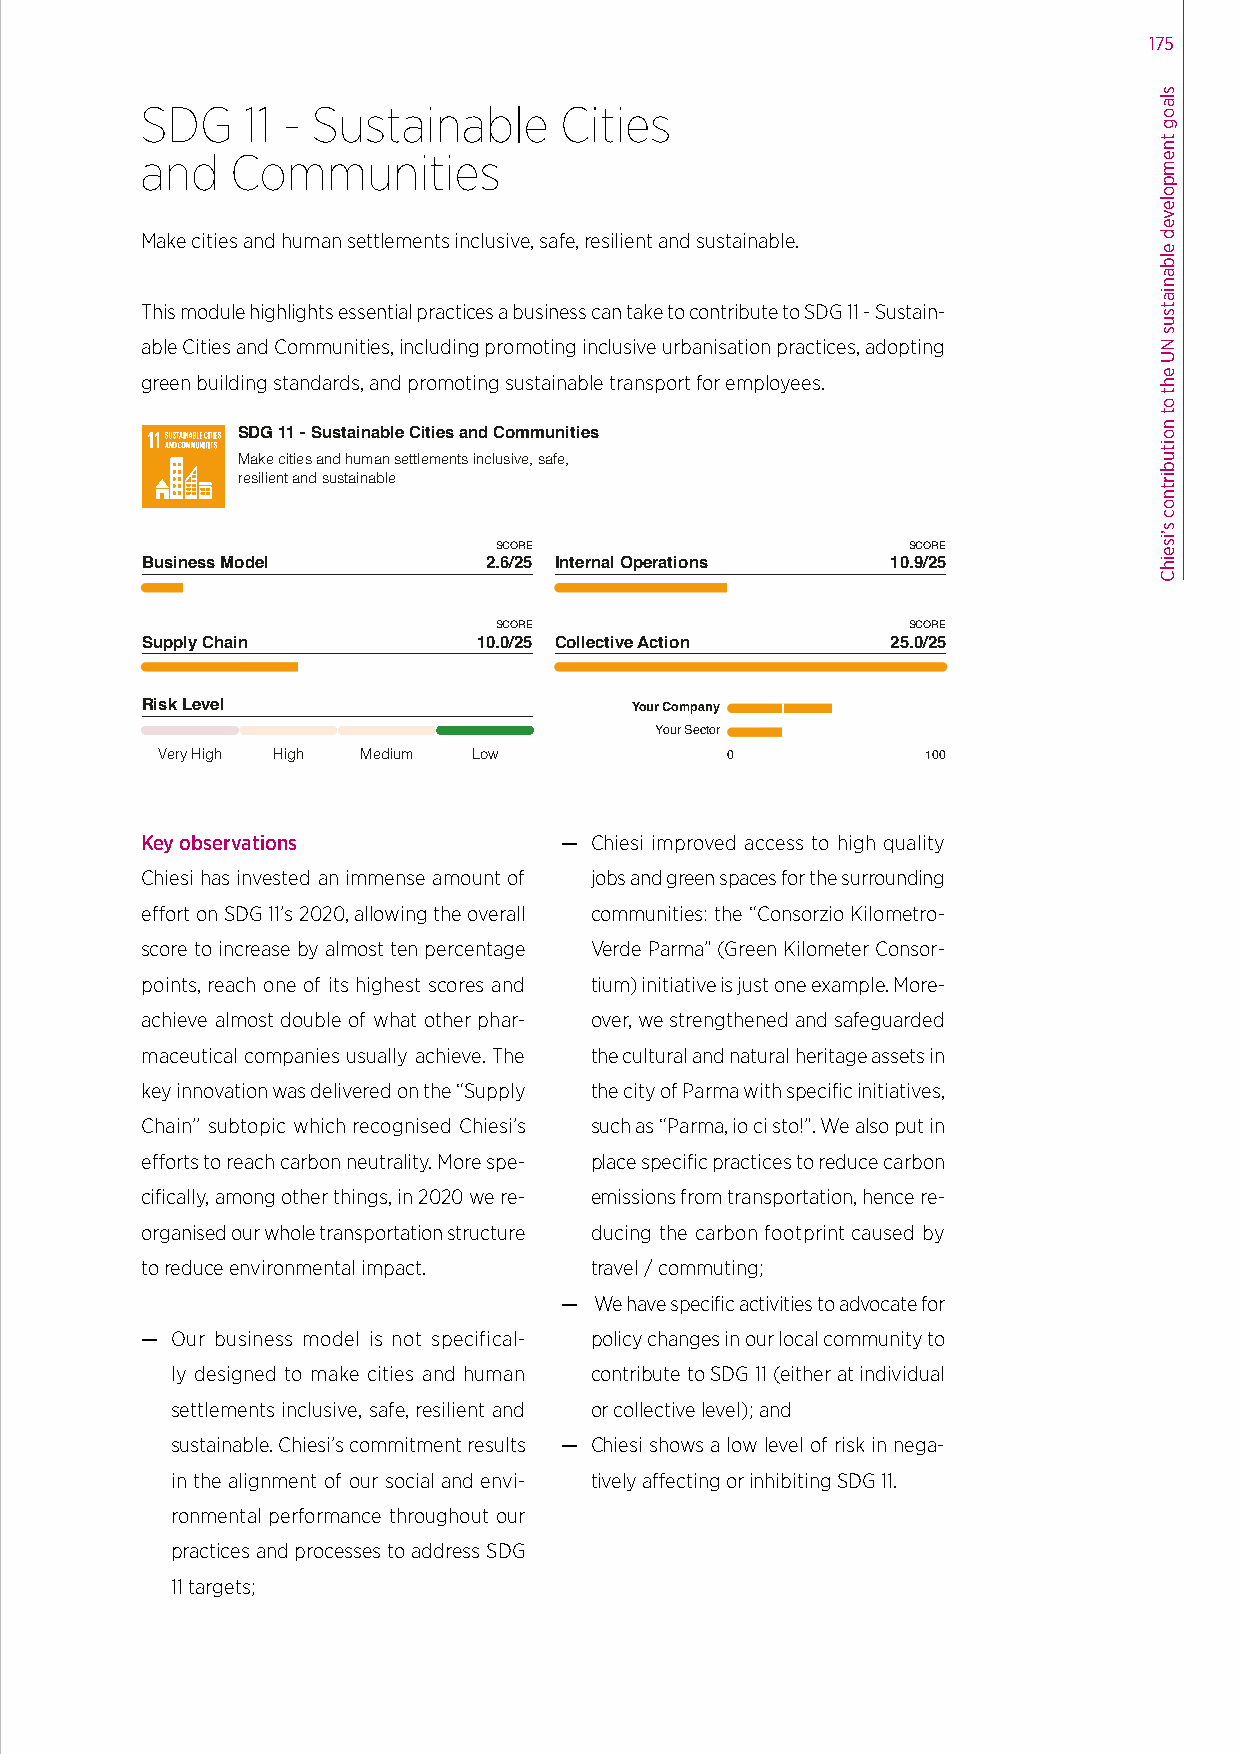
SDG 9 - Industry, Innovation and Infrastructure
 Build resilient infrastructure, promote inclusive
 and sustainable industrialization and foster innovation
 SCORE                      SCORE
 Business Model         1.7/25 Internal Operations 17.6/25
 SCORE                      SCORE
 Supply Chain           9.3/25 Collective Action    0.0/25
 Risk Level                       Your Company
 Your Sector
 Very High High Medium Low             0            100
 SDG 10 - Reduced Inequalities
 Reduce inequality within and among countries
 SCORE                      SCORE
 Business Model         2.6/25 Internal Operations 12.1/25          175
 SCORE                      SCORE
 SDG    11 - Sustainable     Cities
 Supply Chain           6.6/25 Collective Action    0.0/25
 and   Communities
 Risk Level                       Your Company
 Your Sector
 Very High High Medium Low             0            100
 Make cities and human settlements inclusive, safe, resilient and sustainable.
 This module highlights essential practices a business can take to contribute to SDG 11 - Sustain-
 able Cities and Communities, including promoting inclusive urbanisation practices, adopting
 green building standards, and promoting sustainable transport for employees.
 SDG 11 - Sustainable Cities and Communities
 Make cities and human settlements inclusive, safe,
 resilient and sustainable
 SCORE                      SCORE
 Business Model         2.6/25 Internal Operations 10.9/25
 SCORE                      SCORE
 Supply Chain           10.0/25 Collective Action  25.0/25
 Risk Level                       Your Company
 Your Sector
 Very High High Medium Low             0            100
 Key observations            — Chiesi improved access to high quality
 Chiesi has invested an immense amount of jobs and green spaces for the surrounding
 effort on SDG 11’s 2020, allowing the overall communities: the “Consorzio Kilometro-
 score to increase by almost ten percentage Verde Parma” (Green Kilometer Consor-
 points, reach one of its highest scores and tium) initiative is just one example. More-
 achieve almost double of what other phar- over, we strengthened and safeguarded
 maceutical companies usually achieve. The the cultural and natural heritage assets in
 key innovation was delivered on the “Supply the city of Parma with specific initiatives,
 Chain’’ subtopic which recognised Chiesi’s such as “Parma, io ci sto!”. We also put in
 efforts to reach carbon neutrality. More spe- place specific practices to reduce carbon
 cifically, among other things, in 2020 we re- emissions from transportation, hence re-
 organised our whole transportation structure ducing the carbon footprint caused by
 to reduce environmental impact. travel / commuting;
 — We have specific activities to advocate for
 — Our business model is not specifical- policy changes in our local community to
 ly designed to make cities and human contribute to SDG 11 (either at individual
 settlements inclusive, safe, resilient and or collective level); and
 sustainable. Chiesi’s commitment results — Chiesi shows a low level of risk in nega-
 in the alignment of our social and envi- tively affecting or inhibiting SDG 11.
 ronmental performance throughout our
 practices and processes to address SDG
 11 targets;
 slaog
 tnempoleved
 elbaniatsus
 NU
 eht
 ot
 noitubirtnoc
 s’iseihC